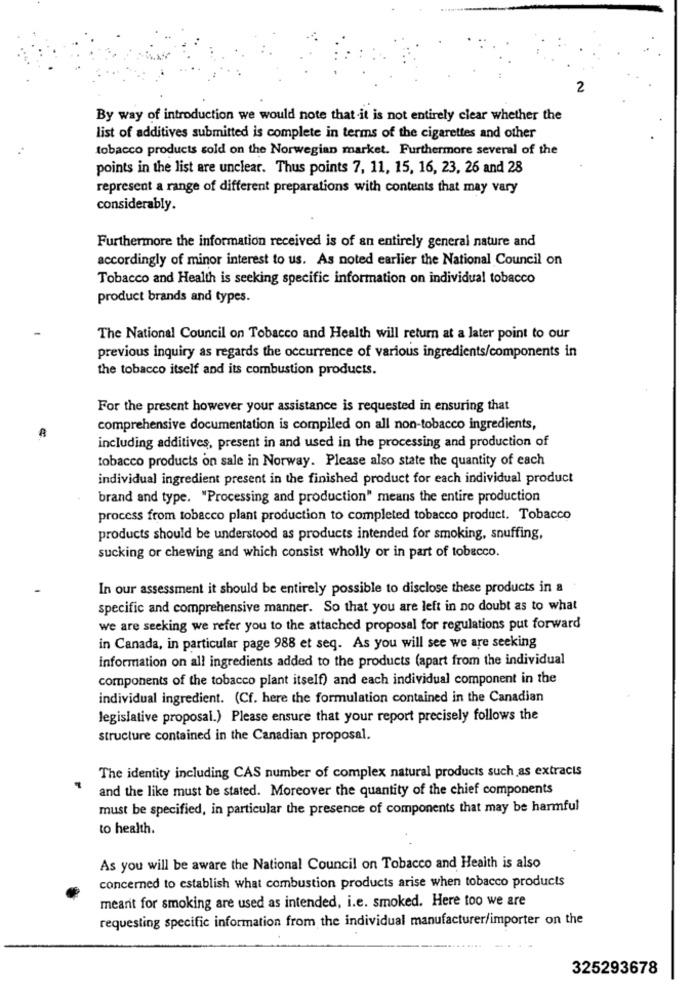
2
By way of introduction we would note that it is not entirely clear whether the
list of additives submitted is complete in terms of the cigarettes and other
tobacco products sold on the Norwegian market. Furthermore several of the
points in the list are unclear. Thus points 7, 11, 15, 16, 23, 26 and 28
represent a range of different preparations with contents that may vary
considerably.
Furthermore the information received is of an entirely general nature and
accordingly of minor interest to us. As noted earlier the National Council on
Tobacco and Health is seeking specific information on individual tobacco
product brands and types.
The National Council on Tobacco and Health will return at a later point to our
previous inquiry as regards the occurrence of various ingredients/components in
the tobacco itself and its combustion products.
For the present however your assistance is requested in ensuring that
comprehensive documentation is compiled on all non-tobacco ingredients,
including additives, present in and used in the processing and production of
tobacco products on sale in Norway. Please also state the quantity of each
individual ingredient present in the finished product for each individual product
brand and type. "Processing and production" means the entire production
process from tobacco plant production to completed tobacco product. Tobacco
products should be understood as products intended for smoking, snuffing,
sucking or chewing and which consist wholly or in part of tobacco.
In our assessment it should be entirely possible to disclose these products in a
specific and comprehensive manner. So that you are left in no doubt as to what
we are seeking we refer you to the attached proposal for regulations put forward
in Canada, in particular page 988 et seq. As you will see we are seeking
information on all ingredients added to the products (apart from the individual
components of the tobacco plant itself) and each individual component in the
individual ingredient. (Cf. here the formulation contained in the Canadian
legislative proposal.) Please ensure that your report precisely follows the
structure contained in the Canadian proposal.
The identity including CAS number of complex natural products such as extracts
and the like must be stated. Moreover the quantity of the chief components
must be specified, in particular the presence of components that may be harmful
to health.
As you will be aware the National Council on Tobacco and Health is also
concerned to establish what combustion products arise when tobacco products
meant for smoking are used as intended, i.e. smoked. Here too we are
requesting specific information from the individual manufacturer/importer on the
325293678